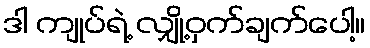
ဒါ ကျုပ်ရဲ့ လျှို့ဝှက်ချက်ပေါ့။